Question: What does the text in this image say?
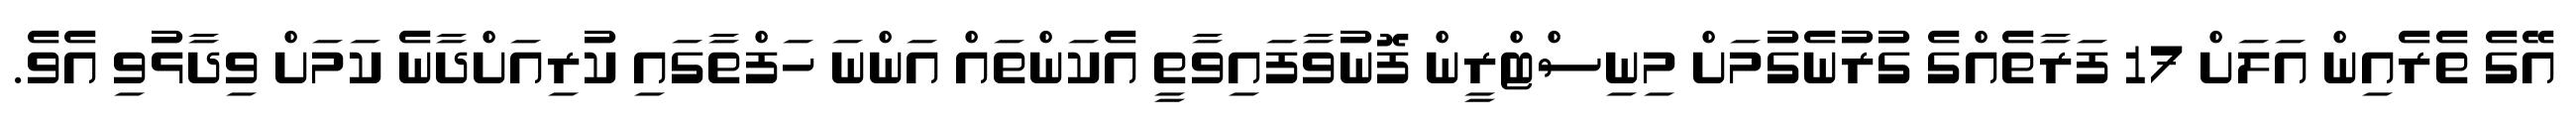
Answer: އޭގެ ތެރެއިން އަލަށް 17 ފަރާތެއްގެ ގުރުނެގުމަށް މިނިސްޓްރީން ފޮނުވާފައިވާތީ އެކަންތައް އަންނަ ހަފްތާގައި ކުރިއަށްދާނެ ކަމަށް ވިދާޅުވި އެވެ.